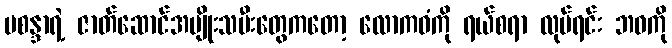
မစန္ဒာရဲ့ ဇာတ်ဆောင်အမျိုးသမီးတွေကတော့ လောကဓံကို ရယ်စရာ လုပ်ရင်း ဘဝကို